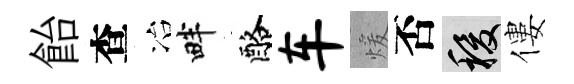
飴查冶畔酪车煖否稷僂